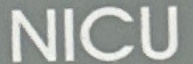
NICU